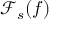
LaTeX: { \mathcal { F } } _ { s } ( f )